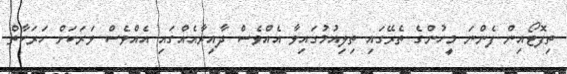
ތިފޮޓޯއިން ފެންނަ މީހުންގެ ތެރޭގައި ތިލިއުމުގައިވާ އެއްވެސް ދާއިރާއެއްގައި އެއްވެސް ވަރަކަށް ހަރަކާތް